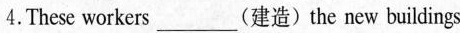
4. These workers ___(建造) the new buildings